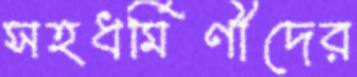
সহধর্মিণীদের